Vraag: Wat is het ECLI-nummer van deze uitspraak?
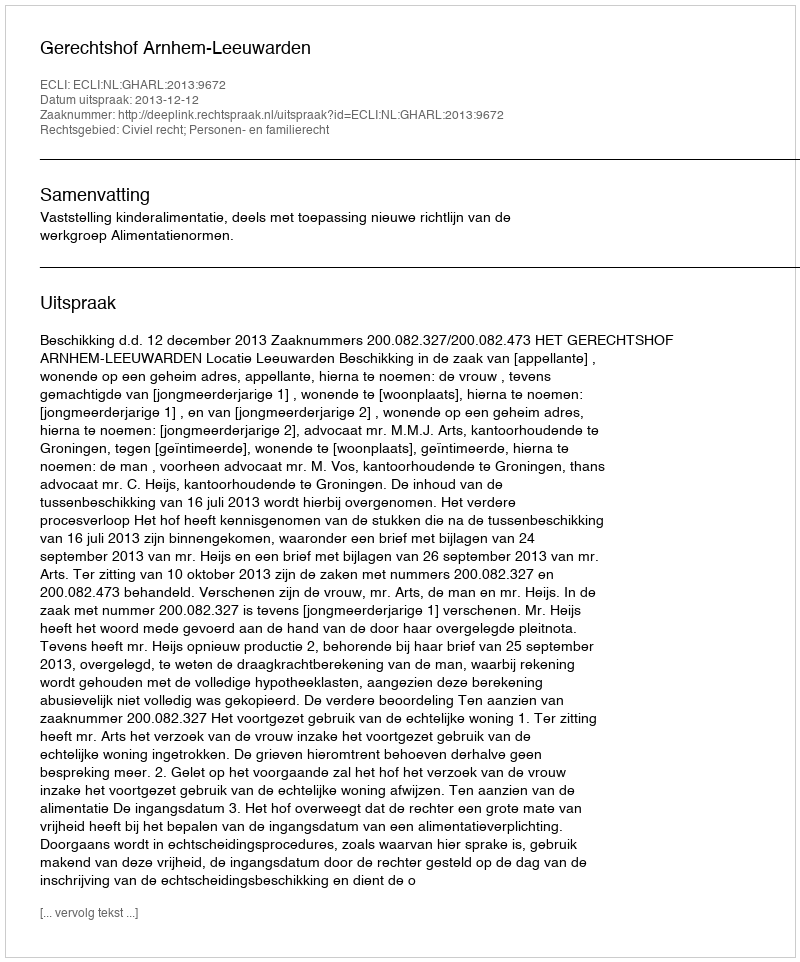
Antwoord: ECLI:NL:GHARL:2013:9672